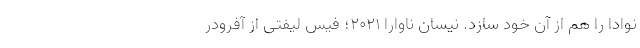
نوادا را هم از آن خود سازد. نیسان ناوارا 2021؛ فیس لیفتی از آفرودر